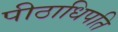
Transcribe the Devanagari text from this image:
पीठाधिपति